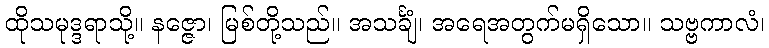
ထိုသမုဒ္ဒရာသို့။ နဇ္ဇော၊ မြစ်တို့သည်။ အသင်္ချံ၊ အရေအတွက်မရှိသော။ သဗ္ဗကာလံ၊